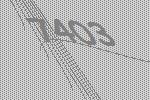
7403